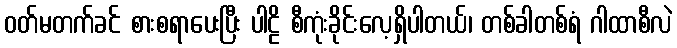
ဝတ်မတက်ခင် စားစရာပေးပြီး ပါဠိ စီကုံးခိုင်းလေ့ရှိပါတယ်၊ တစ်ခါတစ်ရံ ဂါထာစီလဲ